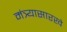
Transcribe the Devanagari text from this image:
मंत्र्यासारखे